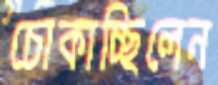
চোকাচ্ছিলেন